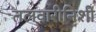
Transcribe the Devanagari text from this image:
तलवारीनिशी